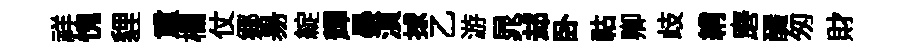
祥愧貍重欄仗鄊昜綻輝暴湏捄乙游晁𨚫卧祜卿歧綃磨釅匆財